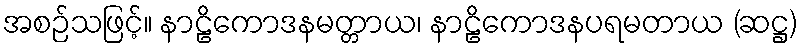
အစဉ်သဖြင့်။ နာဠိကောဒနမတ္တာယ၊ နာဠိကောဒနပရမတာယ (ဆဋ္ဌ)